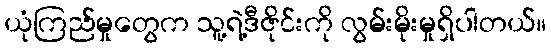
ယုံကြည်မှုတွေက သူ့ရဲ့ဒီဇိုင်းကို လွမ်းမိုးမှုရှိပါတယ်။